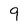
Character: 9